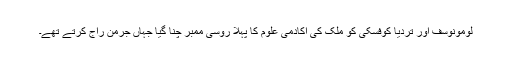
لومونوسف اور تردیا کوفسکی کو ملک کی اکادمی علوم کا پہلا روسی ممبر چنا گیا جہاں جرمن راج کرتے تھے۔